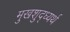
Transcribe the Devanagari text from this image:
मुखशुद्ध्यर्थ